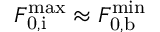
F _ { \mathrm { 0 , i } } ^ { \mathrm { m a x } } \approx F _ { \mathrm { 0 , b } } ^ { \mathrm { m i n } }